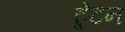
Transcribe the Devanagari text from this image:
ट्रेटन